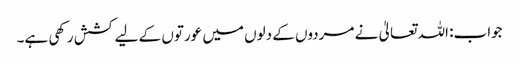
جواب: اللہ تعالیٰ نے مردوں کے دلوں میں عورتوں کے لیے کشش رکھی ہے۔